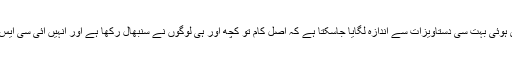
برقی خطوط اور اُن سے جڑی ہوئی بہت سی دستاویزات سے اندازہ لگایا جاسکتا ہے کہ اصل کام تو کچھ اور ہی لوگوں نے سنبھال رکھا ہے اور اُنہیں آئی سی ایس ایف نے کام پر لگا رکھا ہے۔